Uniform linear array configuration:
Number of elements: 64
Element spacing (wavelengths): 0.75
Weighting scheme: hamming
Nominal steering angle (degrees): -45
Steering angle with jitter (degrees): -45.417
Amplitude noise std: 0.05
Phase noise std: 0.05

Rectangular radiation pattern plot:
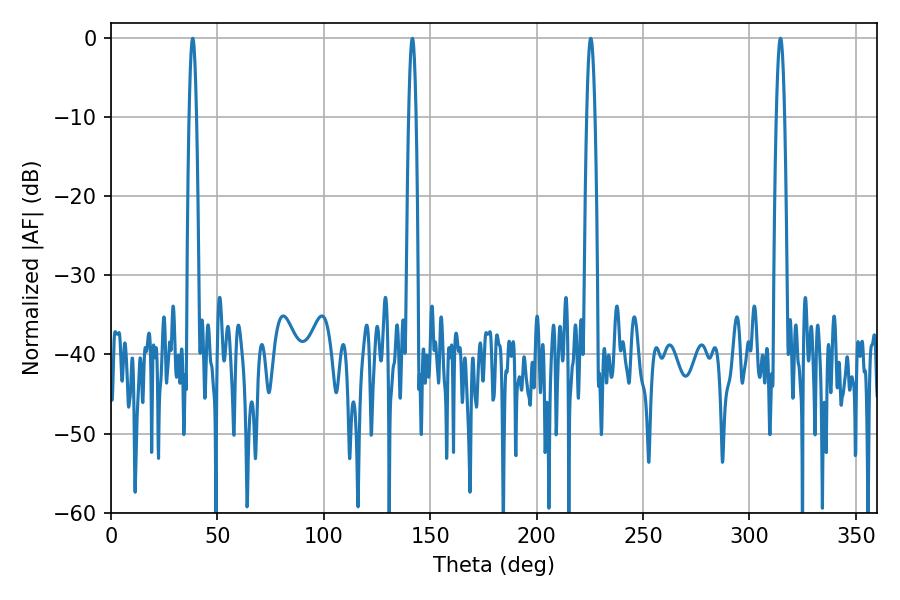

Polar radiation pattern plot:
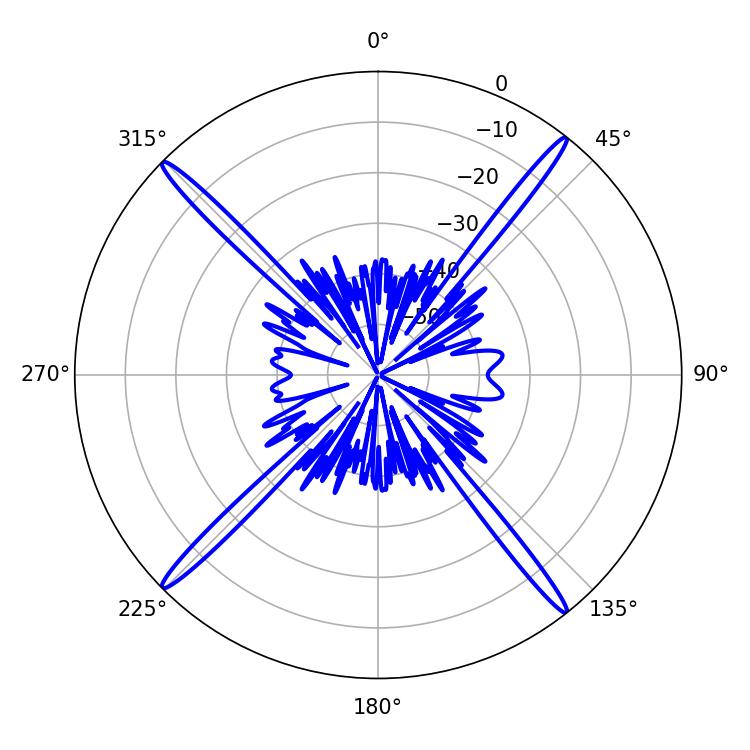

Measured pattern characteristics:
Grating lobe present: TRUE
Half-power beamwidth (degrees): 1.8
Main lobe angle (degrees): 38.34